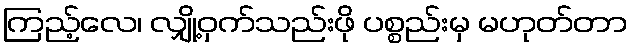
ကြည့်လေ၊ လျှို့ဝှက်သည်းဖို ပစ္စည်းမှ မဟုတ်တာ